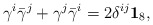
\begin{align*}\gamma^i\bar\gamma^j+\gamma^j\bar\gamma^i=2\delta^{ij}{\bf 1}_8,\end{align*}